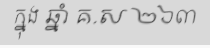
ក្នុង ឆ្នាំ គ.ស ២៦៣